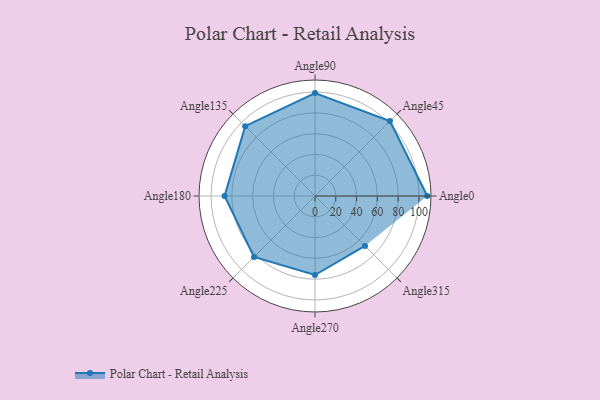
{"axis": {"x": "Angle", "y": "Radius"}, "legend": [""], "data": [{"x": "Angle0", "y": 108.0, "type": ""}, {"x": "Angle45", "y": 102.0, "type": ""}, {"x": "Angle90", "y": 99.0, "type": ""}, {"x": "Angle135", "y": 95.0, "type": ""}, {"x": "Angle180", "y": 87.0, "type": ""}, {"x": "Angle225", "y": 83.0, "type": ""}, {"x": "Angle270", "y": 76.0, "type": ""}, {"x": "Angle315", "y": 68.0, "type": ""}]}